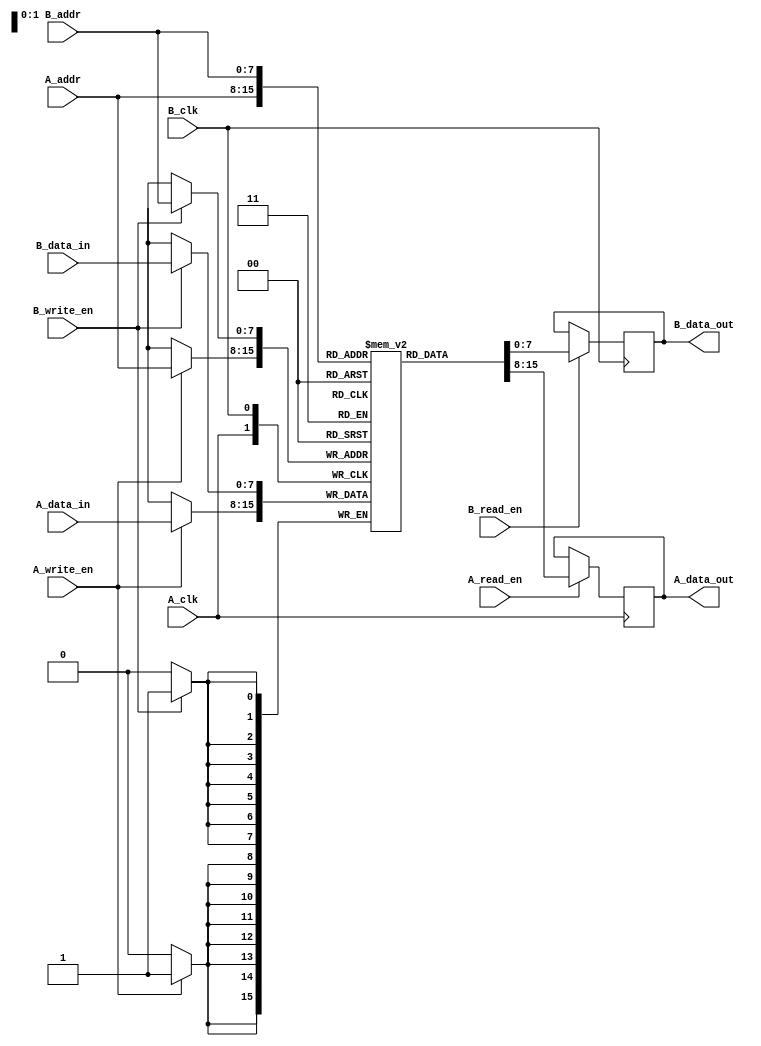
module dual_port_ram #(
    parameter DATA_WIDTH = 8,    // Width of the data
    parameter ADDR_WIDTH = 8,    // Width of the address
    parameter DEPTH = 256         // Depth of the memory
)(
    // Port A
    input  wire [ADDR_WIDTH-1:0] A_addr,
    input  wire [DATA_WIDTH-1:0] A_data_in,
    output reg  [DATA_WIDTH-1:0] A_data_out,
    input  wire A_read_en,
    input  wire A_write_en,
    input  wire A_clk,

    // Port B
    input  wire [ADDR_WIDTH-1:0] B_addr,
    input  wire [DATA_WIDTH-1:0] B_data_in,
    output reg  [DATA_WIDTH-1:0] B_data_out,
    input  wire B_read_en,
    input  wire B_write_en,
    input  wire B_clk
);

    // Memory array
    reg [DATA_WIDTH-1:0] mem [0:DEPTH-1];

    // Port A operations
    always @(posedge A_clk) begin
        if (A_write_en) begin
            mem[A_addr] <= A_data_in; // Write data to memory
        end
        if (A_read_en) begin
            A_data_out <= mem[A_addr]; // Read data from memory
        end
    end

    // Port B operations
    always @(posedge B_clk) begin
        if (B_write_en) begin
            mem[B_addr] <= B_data_in; // Write data to memory
        end
        if (B_read_en) begin
            B_data_out <= mem[B_addr]; // Read data from memory
        end
    end

endmodule